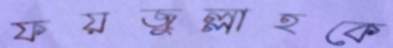
ফয়জুল্লাহকে